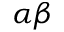
\alpha \beta